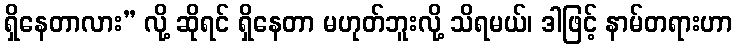
ရှိနေတာလား” လို့ ဆိုရင် ရှိနေတာ မဟုတ်ဘူးလို့ သိရမယ်၊ ဒါဖြင့် နာမ်တရားဟာ